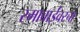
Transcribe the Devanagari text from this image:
रमाबाईंवरचा